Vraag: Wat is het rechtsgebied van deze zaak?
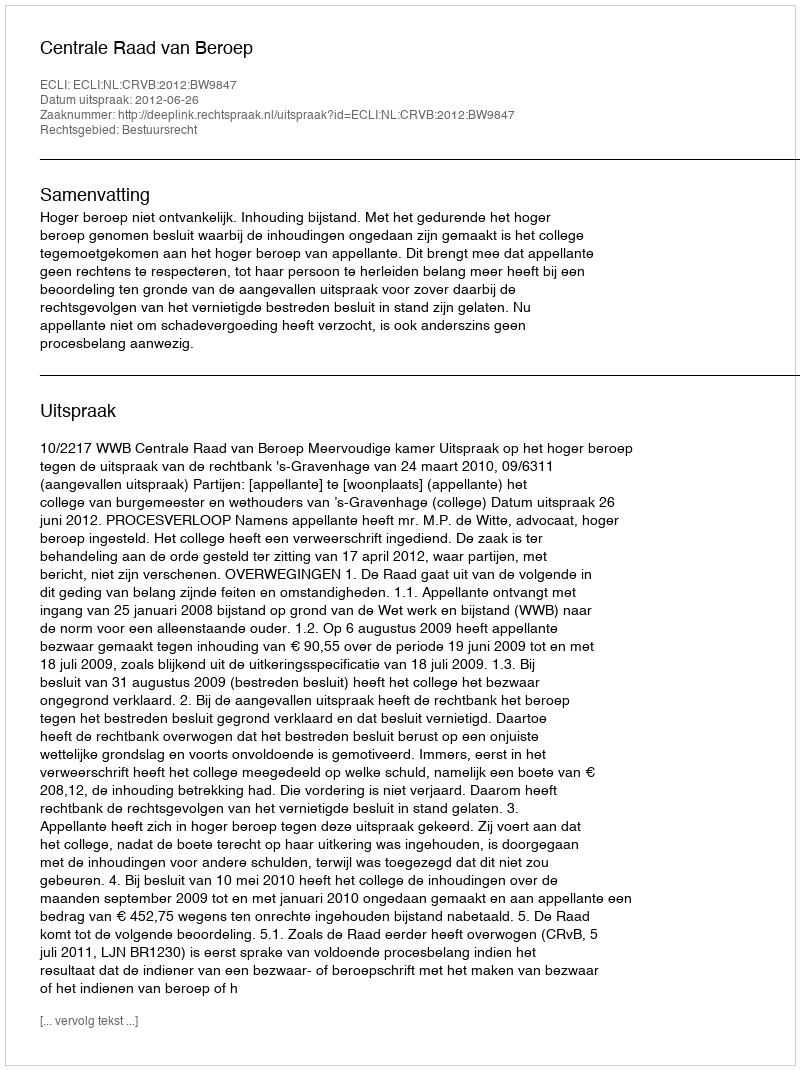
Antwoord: Bestuursrecht